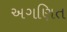
અગણિત